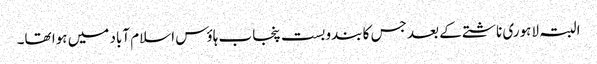
البتہ لاہوری ناشتے کے بعد جس کا بندوبست پنجاب ہاؤس اسلام آباد میں ہوا تھا۔